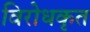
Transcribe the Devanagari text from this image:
विरोधकृत